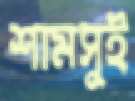
শামসুই